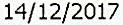
14/12/2017